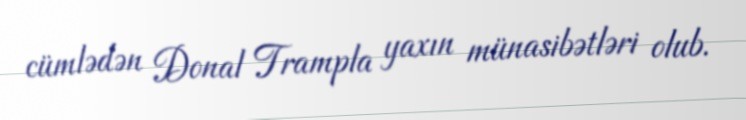
cümlədən Donal Trampla yaxın münasibətləri olub.